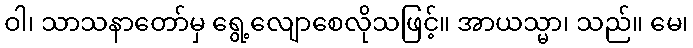
ဝါ၊ သာသနာတော်မှ ရွေ့လျောစေလိုသဖြင့်။ အာယသ္မာ၊ သည်။ မေ၊